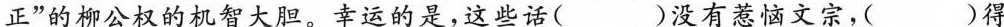
正”的柳公权的机智大胆。幸运的是，这些话( )没有惹恼文宗，( )得